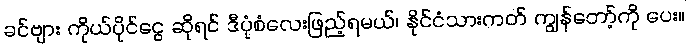
ခင်ဗျား ကိုယ်ပိုင်ငွေ ဆိုရင် ဒီပုံစံလေးဖြည့်ရမယ်၊ နိုင်ငံသားကတ် ကျွန်တော့်ကို ပေး။